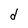
Character: d